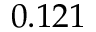
0 . 1 2 1